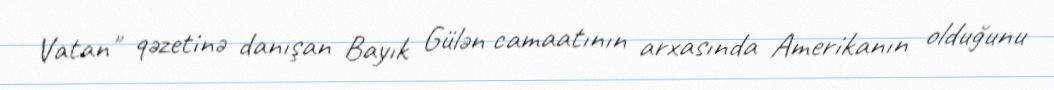
Vatan" qəzetinə danışan Bayık Gülən camaatının arxasında Amerikanın olduğunu